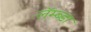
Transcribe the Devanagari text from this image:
लॅम्ब्डा